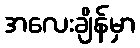
အလေးချိန်မှာ